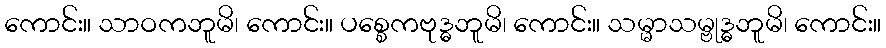
ကောင်း။ သာဝကဘူမိ၊ ကောင်း။ ပစ္စေကဗုဒ္ဓဘူမိ၊ ကောင်း။ သမ္မာသမ္ဗုဒ္ဓဘူမိ၊ ကောင်း။